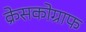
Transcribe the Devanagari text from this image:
क्रेसकोग्राफ